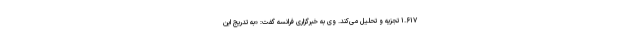
۱.۶۱۷ تجزیه و تحلیل می‌کند. وی به خبرگزاری فرانسه گفت: «به تدریج این